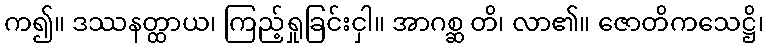
က၍။ ဒဿနတ္ထာယ၊ ကြည့်ရှုခြင်းငှါ။ အာဂစ္ဆ တိ၊ လာ၏။ ဇောတိကသေဋ္ဌိ၊